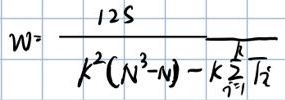
\[
W = \frac{12S}{k^{2}(N^{3}-N)-k\sum_{i = 1}^{k}T_{i}^{2}}
\]